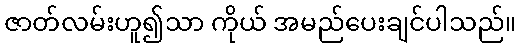
ဇာတ်လမ်းဟူ၍သာ ကိုယ် အမည်ပေးချင်ပါသည်။